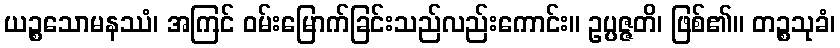
ယဉ္စသောမနဿံ၊ အကြင် ဝမ်းမြောက်ခြင်းသည်လည်းကောင်း။ ဥပ္ပဇ္ဇတိ၊ ဖြစ်၏။ တဉ္စသုခံ၊